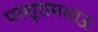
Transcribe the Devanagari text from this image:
परशूरामभाऊ